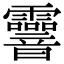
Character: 𩇄